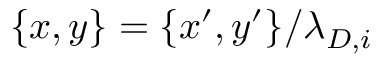
\{ x , y \} = \{ x ^ { \prime } , y ^ { \prime } \} / { \lambda _ { D , i } }